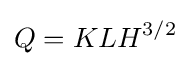
Q=KLH^{3/2}